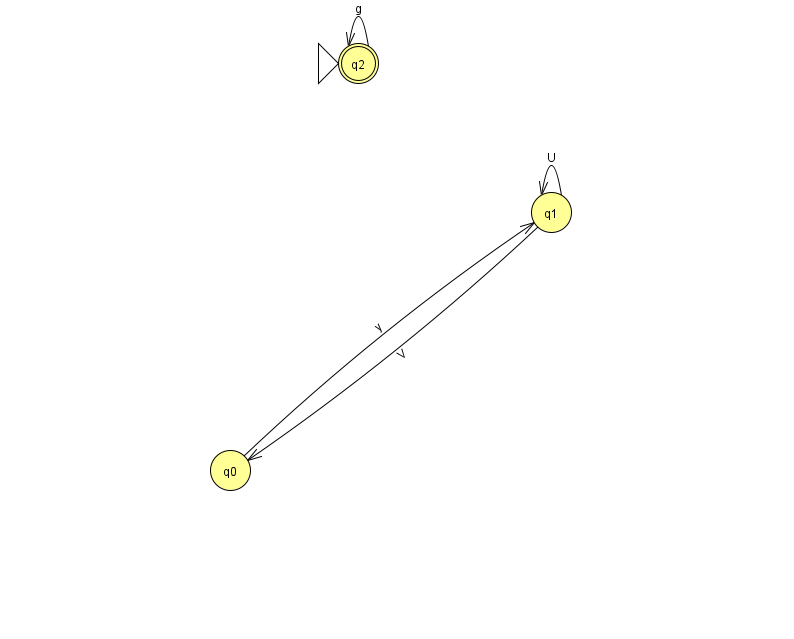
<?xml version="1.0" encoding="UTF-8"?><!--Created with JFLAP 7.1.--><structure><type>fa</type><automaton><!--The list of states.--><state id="0" name="q0"><x>230.0</x><y>457.0</y></state><state id="1" name="q1"><x>551.0</x><y>199.0</y></state><state id="2" name="q2"><x>358.0</x><y>50.0</y><initial/><final/></state><!--The list of transitions.--><transition><from>1</from><to>1</to><read>U</read></transition><transition><from>1</from><to>0</to><read>V</read></transition><transition><from>2</from><to>2</to><read>g</read></transition><transition><from>0</from><to>1</to><read>y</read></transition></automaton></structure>